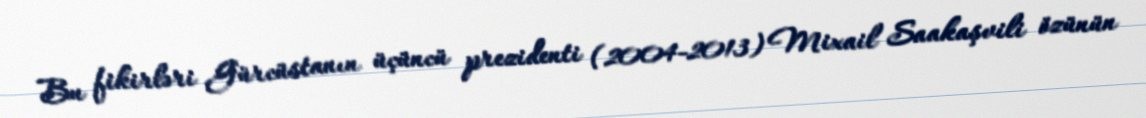
Bu fikirləri Gürcüstanın üçüncü prezidenti (2004-2013) Mixail Saakaşvili özünün